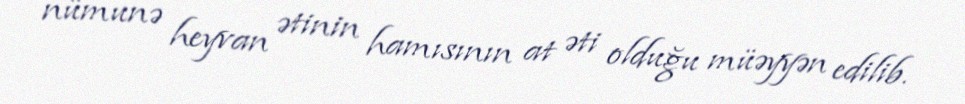
nümunə heyvan ətinin hamısının at əti olduğu müəyyən edilib.